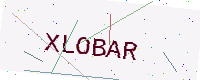
Text: XLOBAR